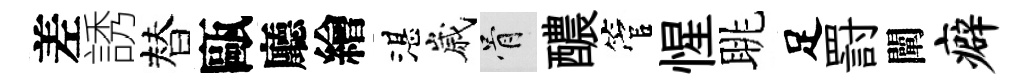
差誘替甌廳繪湛嵗骨醲管惺眺足罸闡癖